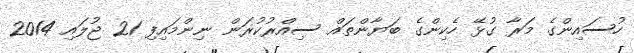
ހުސައިންގެ މަރާ ގުޅޭ ހެކިންގެ ބަޔާންތައް ސިއްރުކުރަން ނިންމައިފި 21 ޖުލައި 2014